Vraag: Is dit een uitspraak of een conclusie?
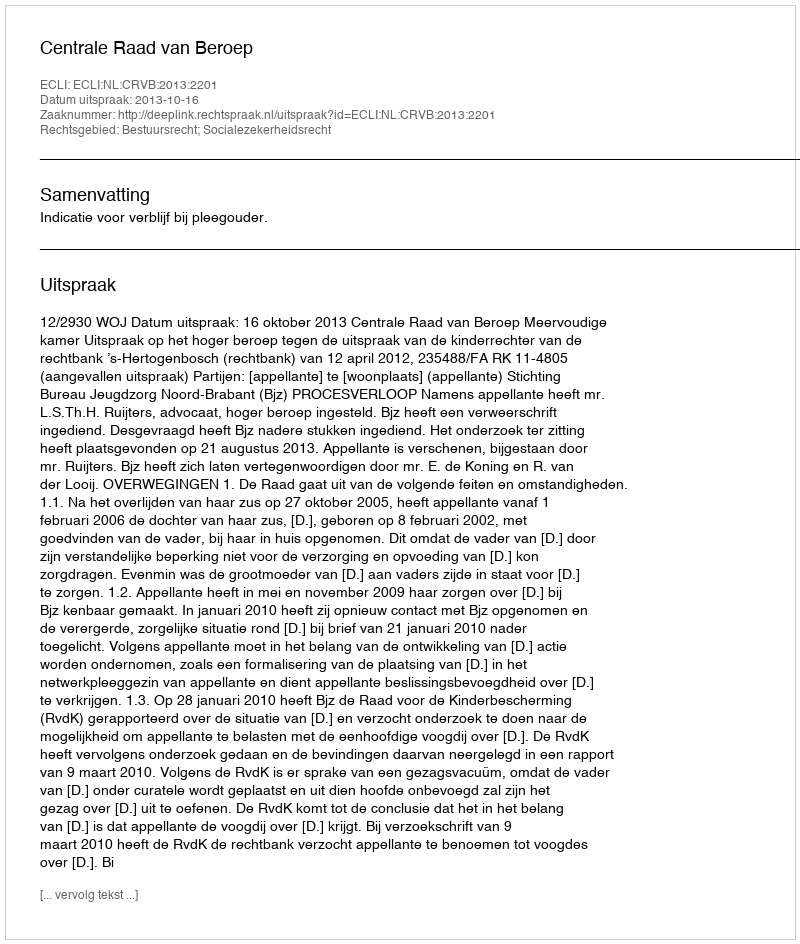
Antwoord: Uitspraak